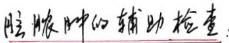
注：肿瘤的辅助检查：